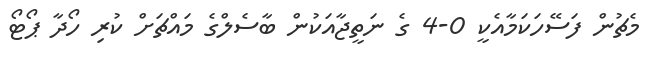
މެޗުން ފަސޭހަކަމާއެކީ 0-4 ގެ ނަތީޖާއަކުން ބާސެލްގެ މައްޗަށް ކުރި ހޯދާ ޕޯޓޯ